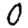
Digit: 0